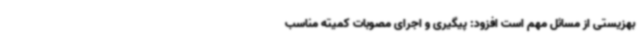
بهزیستی از مسائل مهم است افزود: پیگیری و اجرای مصوبات کمیته مناسب